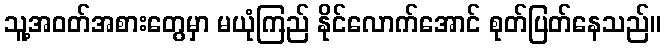
သူ့အဝတ်အစားတွေမှာ မယုံကြည် နိုင်လောက်အောင် စုတ်ပြတ်နေသည်။